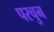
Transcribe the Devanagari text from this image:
परचुन